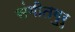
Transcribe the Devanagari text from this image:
संगीतगुरु